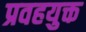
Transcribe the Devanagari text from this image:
प्रवहयुक्त